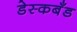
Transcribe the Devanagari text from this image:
डेस्कबँड